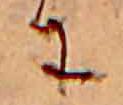
に